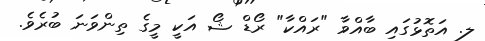
ލ. އަތޮޅުގައި ބާއްވާ "ރައްކާ" ރޯޑް ޝޯ އަކީ މީގެ ތިންވަނަ ބުރެވެ.